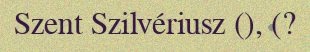
Szent Szilvériusz (), (?